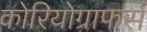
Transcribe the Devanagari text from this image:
कोरियोग्राफर्स